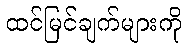
ထင်မြင်ချက်များကို